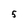
Character: 5